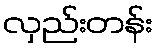
လှည်းတန်း